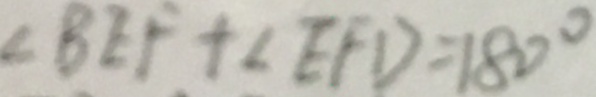
\angle B E F + \angle E F D = 1 8 0 ^ { \circ }